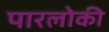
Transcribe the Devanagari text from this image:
पारलोकी